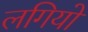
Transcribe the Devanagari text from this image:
लगियो